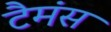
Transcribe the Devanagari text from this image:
टैमंस